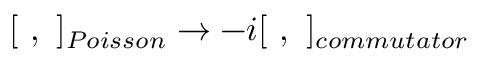
[ \ , \ ] _ { P o i s s o n } \to - i [ \ , \ ] _ { c o m m u t a t o r }